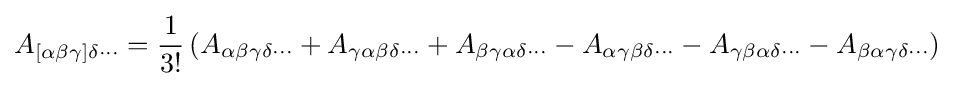
A_{[\alpha \beta \gamma ]\delta \cdots }={\dfrac {1}{3!}}\left(A_{\alpha \beta \gamma \delta \cdots }+A_{\gamma \alpha \beta \delta \cdots }+A_{\beta \gamma \alpha \delta \cdots }-A_{\alpha \gamma \beta \delta \cdots }-A_{\gamma \beta \alpha \delta \cdots }-A_{\beta \alpha \gamma \delta \cdots }\right)